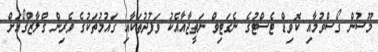
މޫސުން ގޯސްވުމާއި ކޮވިޑް ޓެސްޓުގެ ނެގަޓިވް ނަތީޖާއާއެކު ވަފުދުތަކާއި ގައުމުތަކުގެ ވެރިން ގްލާޒްގޯއަށް